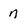
Character: n